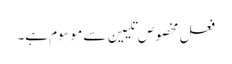
فعل مخصوص تلیین سے موسوم ہے۔